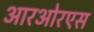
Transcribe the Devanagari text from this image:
आरओरएस